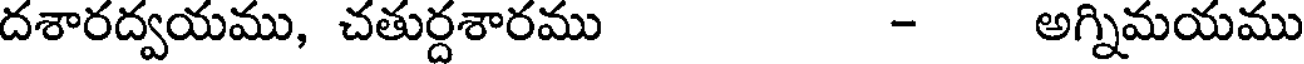
దశారద్వయము, చతుర్దశారము - అగ్నిమయము